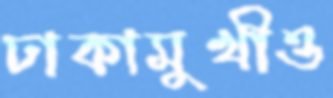
ঢাকামুখীও